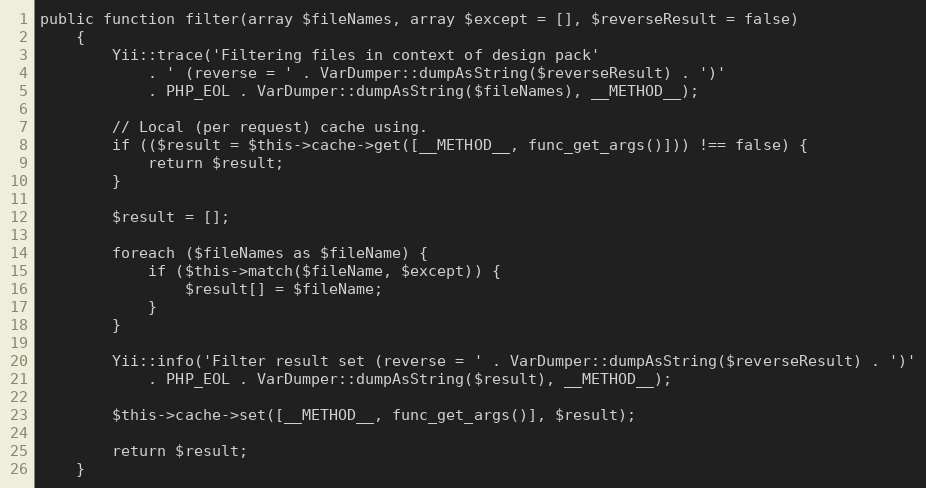
Language: PHP
public function filter(array $fileNames, array $except = [], $reverseResult = false)
    {
        Yii::trace('Filtering files in context of design pack'
            . ' (reverse = ' . VarDumper::dumpAsString($reverseResult) . ')'
            . PHP_EOL . VarDumper::dumpAsString($fileNames), __METHOD__);

        // Local (per request) cache using.
        if (($result = $this->cache->get([__METHOD__, func_get_args()])) !== false) {
            return $result;
        }

        $result = [];

        foreach ($fileNames as $fileName) {
            if ($this->match($fileName, $except)) {
                $result[] = $fileName;
            }
        }

        Yii::info('Filter result set (reverse = ' . VarDumper::dumpAsString($reverseResult) . ')'
            . PHP_EOL . VarDumper::dumpAsString($result), __METHOD__);

        $this->cache->set([__METHOD__, func_get_args()], $result);

        return $result;
    }